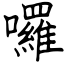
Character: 囉